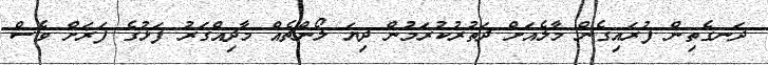
ދަނގެތިން ފުރައިގެން މާލެއަށް ދަތުރުކުރަމުން ދިޔަ ލޯންޗެއް މާދިއްގަރު ފަޅުގެ ފަރަށް ވެސް